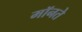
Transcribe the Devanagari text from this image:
मॉनते